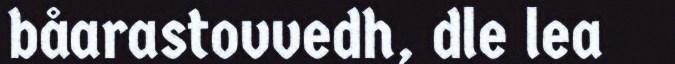
båarastovvedh, dle lea